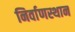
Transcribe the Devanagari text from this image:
निर्वाणस्थान